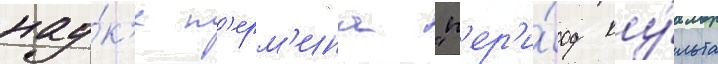
нау́к'е т'ерм'ина "п'ер'и́од ку́льта